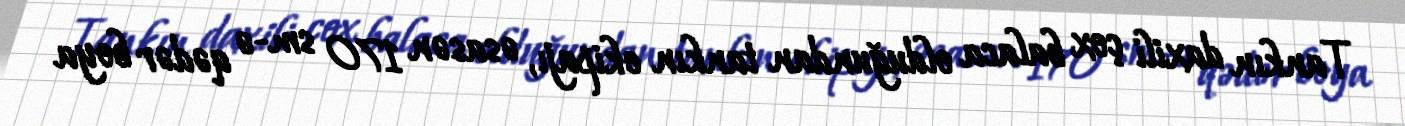
Tankın daxili çox balaca olduğundan tankın ekipajı, əsasən 170 sm-ə qədər boya